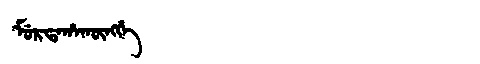
Manchu: ᠮᡠᡵᡨᠠᡥᠠᡴᡡᠩᡤᡝ
Romanization: MURTAHAKŪNGGE